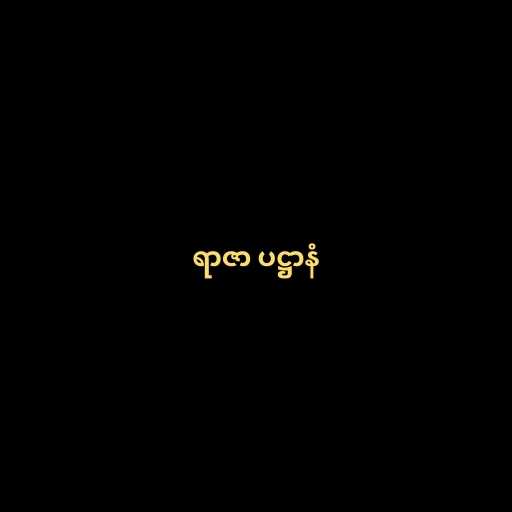
ရာဇာ ပဋ္ဌာနံ